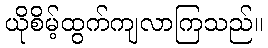
ယိုစိမ့်ထွက်ကျလာကြသည်။